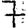
Digit: 7